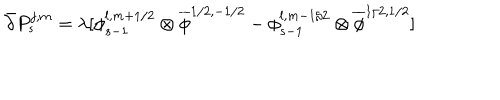
\bar { \partial } P _ { s } ^ { j , m } = \lambda [ \phi _ { s - 1 } ^ { l , m + 1 / 2 } \otimes \overline { { { \phi } } } ^ { 1 / 2 , - 1 / 2 } - \phi _ { s - 1 } ^ { l , m - 1 / 2 } \otimes \overline { { { \phi } } } ^ { 1 / 2 , 1 / 2 } ]